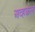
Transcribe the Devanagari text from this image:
अव्हकल